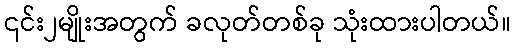
၎င်း၂မျိုးအတွက် ခလုတ်တစ်ခု သုံးထားပါတယ်။